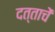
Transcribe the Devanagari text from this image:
दत्ताचें